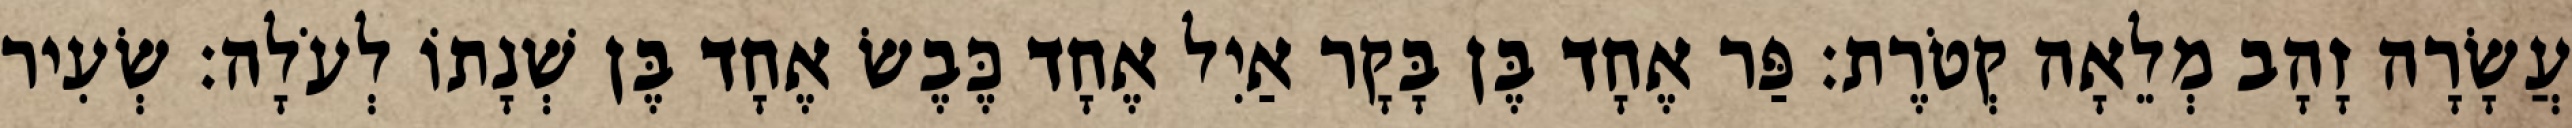
עֲשָׂרָה זָהָב מְלֵאָה קְטֹרֶת׃ פַּר אֶחָד בֶּן בָּקָר אַיִל אֶחָד כֶּבֶשׂ אֶחָד בֶּן שְׁנָתוֹ לְעֹלָה׃ שְׂעִיר